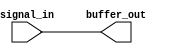
module io_block (
    input wire signal_in,
    output wire buffer_out
);

    // LVCMOS buffer logic here
    assign buffer_out = signal_in;

endmodule